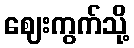
ဈေးကွက်သို့